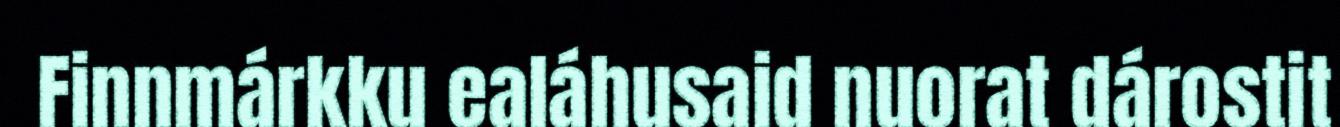
Finnmárkku ealáhusaid nuorat dárostit